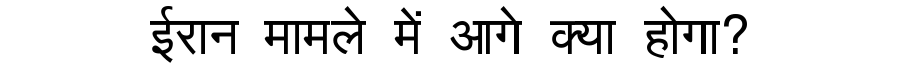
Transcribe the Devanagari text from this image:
ईरान मामले में आगे क्या होगा?